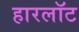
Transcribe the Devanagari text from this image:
हारलॉट